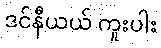
ဒင်နီယယ် ကူးပါး